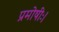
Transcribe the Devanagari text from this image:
प्रमोषीः।